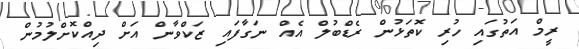
ރީމް އަތުގައި ހުރި ކޮތަޅުން ރެޑްބުލް އެއް ނަގާފައި ޒަކްވާން އަށް ދިއްކޮށްލުމުން